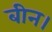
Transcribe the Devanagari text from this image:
बीन।